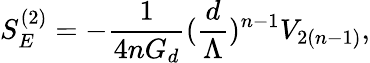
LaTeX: S_{E}^{(2)}=-\frac{1}{4nG_{d}}(\frac{d}{\Lambda})^{n-1}V_{2(n-1)},